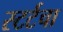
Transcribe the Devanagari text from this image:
स्टर्टचा